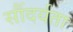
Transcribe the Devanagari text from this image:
सौंदर्यता